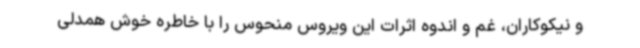
و نیکوکاران، غم و اندوه اثرات این ویروس منحوس را با خاطره خوش همدلی